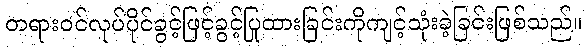
တရားဝင်လုပ်ပိုင်ခွင့်ဖြင့်ခွင့်ပြုထားခြင်းကိုကျင့်သုံးခဲ့ခြင်းဖြစ်သည်။